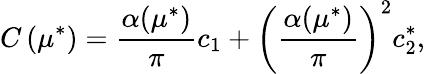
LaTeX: C\left(\mu^{*}\right)=\frac{\alpha(\mu^{*})}{\pi}c_{1}+\left(\frac{\alpha(\mu^{*})}{\pi}\right)^{2}c_{2}^{*},